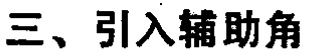
三、引入辅助角